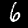
Digit: 6